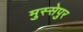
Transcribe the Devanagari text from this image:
मुस्सेपुर